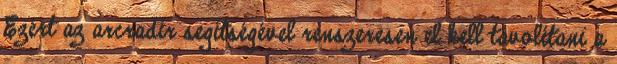
Ezért az arcradír segítségével renszeresen el kell távolítani a